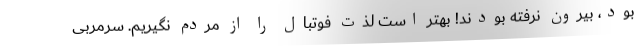
بود، بیرون نرفته بودند! بهتر است لذت فوتبال را از مردم نگیریم. سرمربی